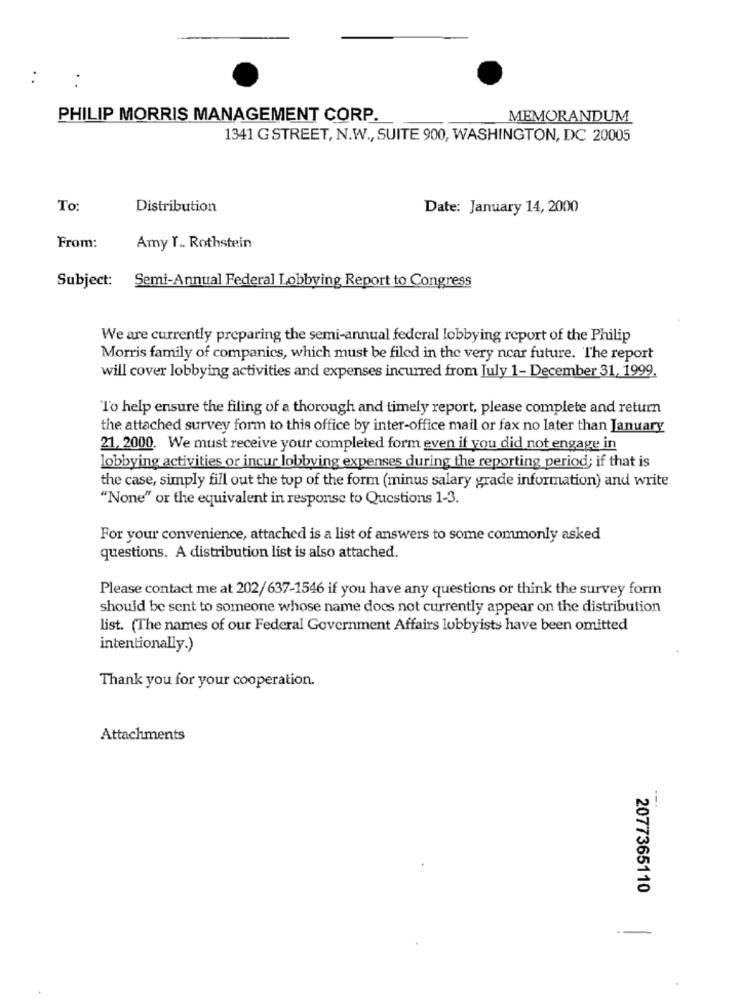
PHILIP MORRIS MANAGEMENT CORP.
MEMORANDUM
1341 G STREET, N.W ., SUITE 900, WASHINGTON, DC 20005
To:
Distribution
Date: January 14, 2000
From:
Amy T .. Rothstein
Subject: Semi-Annual Federal Lobbying Report to Congress
We are currently preparing the semi-annual federal lobbying report of the Philip
Morris family of companies, which must be filed in the very near future. The report
will cover lobbying activities and expenses incurred from July 1- December 31, 1999.
To help ensure the filing of a thorough and timely report, please complete and return
the attached survey form to this office by inter-office mail or fax no later than January
21, 2000. We must receive your completed form even if you did not engage in
lobbying activities or incur lobbying expenses during the reporting period; if that is
the case, simply fill out the top of the form (minus salary grade information) and write
"None" or the equivalent in response to Questions 1-3.
For your convenience, attached is a list of answers to some commonly asked
questions. A distribution list is also attached.
Please contact me at 202/637-1546 if you have any questions or think the survey form
should be sent to someone whose name docs not currently appear on the distribution
list. (The names of our Federal Government Affairs lobbyists have been omitted
intentionally.)
Thank you for your cooperation.
Attachments
--.
2077365110
-